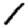
Digit: 1